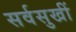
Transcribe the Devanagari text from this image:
सर्वसुखीं